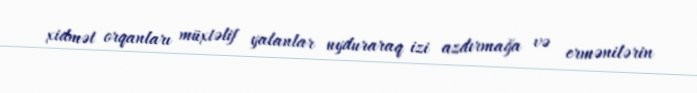
xidmət orqanları müxtəlif yalanlar uyduraraq izi azdırmağa və ermənilərin